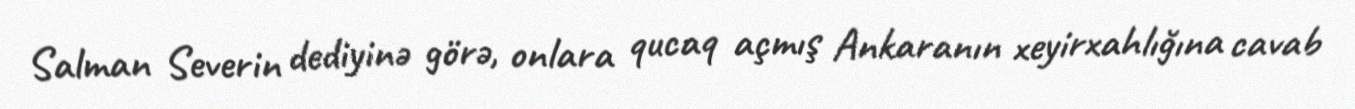
Salman Severin dediyinə görə, onlara qucaq açmış Ankaranın xeyirxahlığına cavab